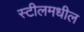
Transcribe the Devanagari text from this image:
स्टीलमधील